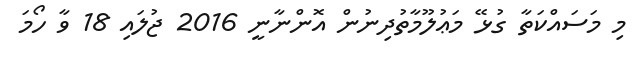
މި މަސައްކަތާ ގުޅޭ މަޢުލޫމާތުދިނުން އޮންނާނީ 2016 ޖުލައި 18 ވާ ހޯމަ